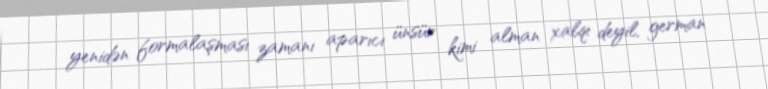
yenidən formalaşması zamanı aparıcı ünsür kimi alman xalqı deyil, german